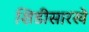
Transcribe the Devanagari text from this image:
शिडीसारखे